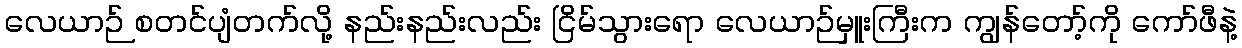
လေယာဉ် စတင်ပျံတက်လို့ နည်းနည်းလည်း ငြိမ်သွားရော လေယာဉ်မှူးကြီးက ကျွန်တော့်ကို ကော်ဖီနဲ့